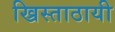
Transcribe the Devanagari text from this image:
ख्रिस्ताठायी